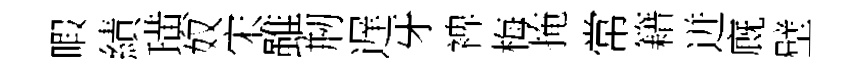
暇績璜奴宋雖剏遅牙裨梅掩常籍迸廐壁